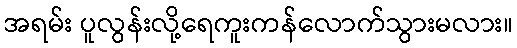
အရမ်း ပူလွန်းလို့ရေကူးကန်လောက်သွားမလား။